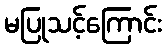
မပြုသင့်ကြောင်း